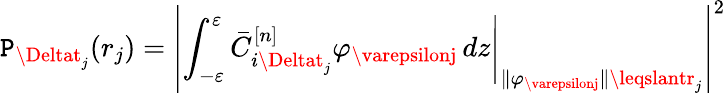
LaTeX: \mathtt{P}_{\Deltat_{j}}(r_{j})=\left|\left.\int_{-\varepsilon}^{\varepsilon}\bar{{C}}_{i\Deltat_{j}}^{[n]}\varphi_{\varepsilonj}\mathop{}\! {d{z}}\right|_{\| \varphi_{\varepsilonj}\| \leqslantr_{j}}\right|^{2}